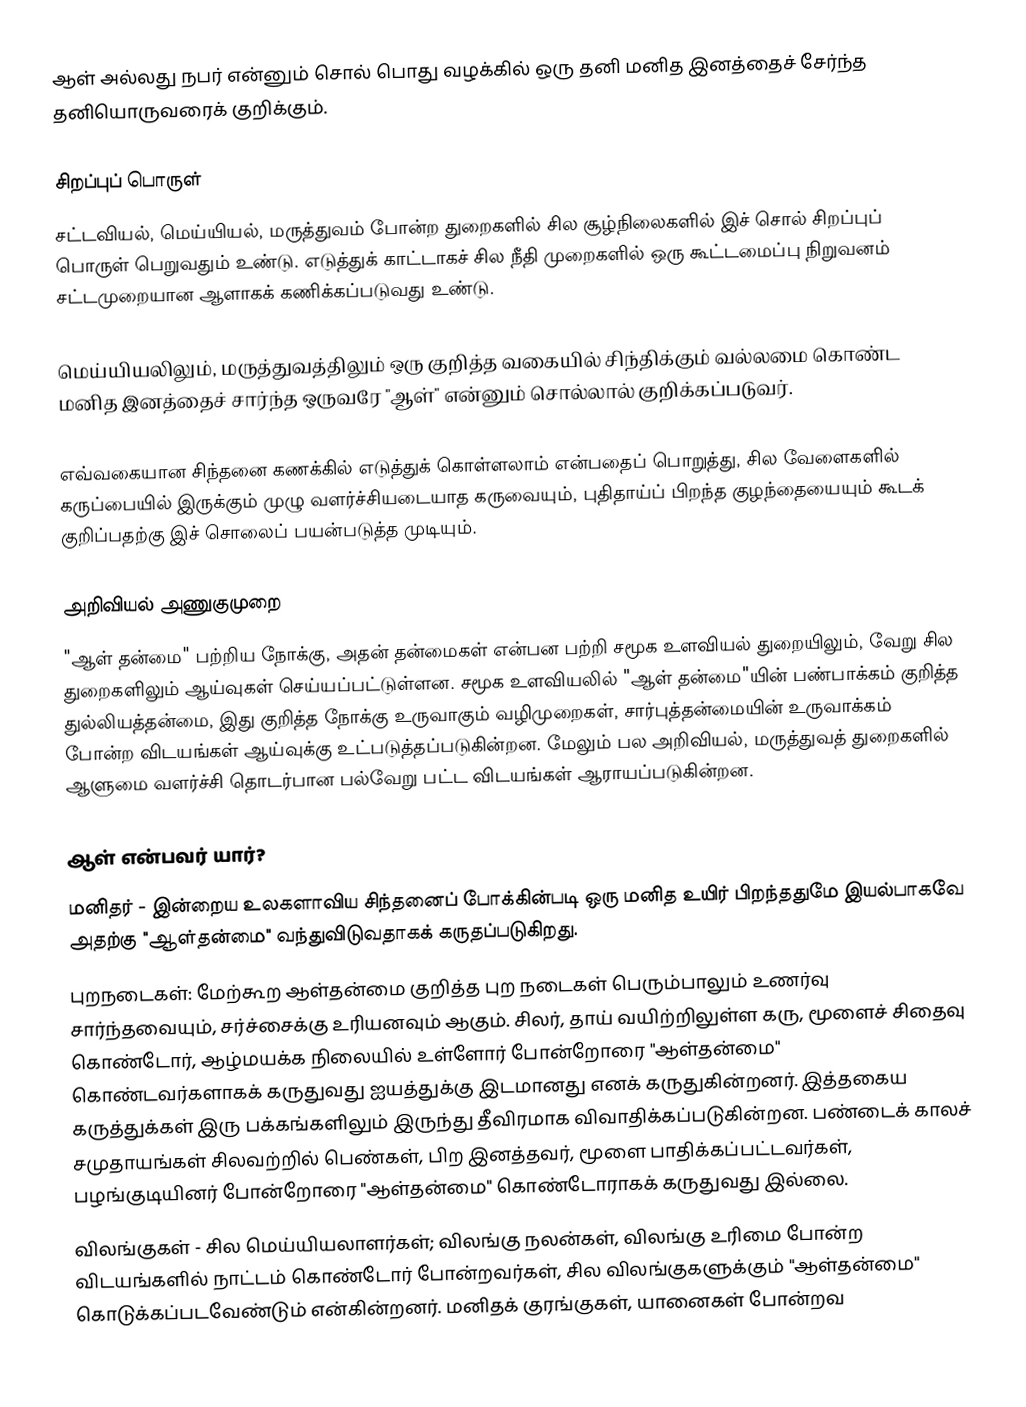
ஆள் அல்லது நபர் என்னும் சொல் பொது வழக்கில் ஒரு தனி மனித இனத்தைச் சேர்ந்த தனியொருவரைக் குறிக்கும்.

சிறப்புப் பொருள்
சட்டவியல், மெய்யியல், மருத்துவம் போன்ற துறைகளில் சில சூழ்நிலைகளில் இச் சொல் சிறப்புப் பொருள் பெறுவதும் உண்டு. எடுத்துக் காட்டாகச் சில நீதி முறைகளில் ஒரு கூட்டமைப்பு நிறுவனம் சட்டமுறையான ஆளாகக் கணிக்கப்படுவது உண்டு.

மெய்யியலிலும், மருத்துவத்திலும் ஒரு குறித்த வகையில் சிந்திக்கும் வல்லமை கொண்ட மனித இனத்தைச் சார்ந்த ஒருவரே "ஆள்" என்னும் சொல்லால் குறிக்கப்படுவர்.

எவ்வகையான சிந்தனை கணக்கில் எடுத்துக் கொள்ளலாம் என்பதைப் பொறுத்து, சில வேளைகளில் கருப்பையில் இருக்கும் முழு வளர்ச்சியடையாத கருவையும், புதிதாய்ப் பிறந்த குழந்தையையும் கூடக் குறிப்பதற்கு இச் சொலைப் பயன்படுத்த முடியும்.

அறிவியல் அணுகுமுறை
"ஆள் தன்மை" பற்றிய நோக்கு, அதன் தன்மைகள் என்பன பற்றி சமூக உளவியல் துறையிலும், வேறு சில துறைகளிலும் ஆய்வுகள் செய்யப்பட்டுள்ளன. சமூக உளவியலில் "ஆள் தன்மை"யின் பண்பாக்கம் குறித்த துல்லியத்தன்மை, இது குறித்த நோக்கு உருவாகும் வழிமுறைகள், சார்புத்தன்மையின் உருவாக்கம் போன்ற விடயங்கள் ஆய்வுக்கு உட்படுத்தப்படுகின்றன. மேலும் பல அறிவியல், மருத்துவத் துறைகளில் ஆளுமை வளர்ச்சி தொடர்பான பல்வேறு பட்ட விடயங்கள் ஆராயப்படுகின்றன.

ஆள் என்பவர் யார்?
 மனிதர் - இன்றைய உலகளாவிய சிந்தனைப் போக்கின்படி ஒரு மனித உயிர் பிறந்ததுமே இயல்பாகவே அதற்கு "ஆள்தன்மை" வந்துவிடுவதாகக் கருதப்படுகிறது.
 புறநடைகள்: மேற்கூற ஆள்தன்மை குறித்த புற நடைகள் பெரும்பாலும் உணர்வு சார்ந்தவையும், சர்ச்சைக்கு உரியனவும் ஆகும். சிலர், தாய் வயிற்றிலுள்ள கரு, மூளைச் சிதைவு கொண்டோர், ஆழ்மயக்க நிலையில் உள்ளோர் போன்றோரை "ஆள்தன்மை" கொண்டவர்களாகக் கருதுவது ஐயத்துக்கு இடமானது எனக் கருதுகின்றனர். இத்தகைய கருத்துக்கள் இரு பக்கங்களிலும் இருந்து தீவிரமாக விவாதிக்கப்படுகின்றன. பண்டைக் காலச் சமுதாயங்கள் சிலவற்றில் பெண்கள், பிற இனத்தவர், மூளை பாதிக்கப்பட்டவர்கள், பழங்குடியினர் போன்றோரை "ஆள்தன்மை" கொண்டோராகக் கருதுவது இல்லை.
 விலங்குகள் - சில மெய்யியலாளர்கள்; விலங்கு நலன்கள், விலங்கு உரிமை போன்ற விடயங்களில் நாட்டம் கொண்டோர் போன்றவர்கள், சில விலங்குகளுக்கும் "ஆள்தன்மை" கொடுக்கப்படவேண்டும் என்கின்றனர். மனிதக் குரங்குகள், யானைகள் போன்றவ